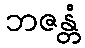
ဘဇန္တံ